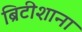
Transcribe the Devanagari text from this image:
ब्रिटीशाना